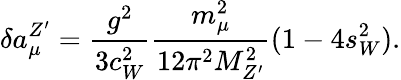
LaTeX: \delta a_{\mu}^{Z^{\prime}}=\frac{g^{2}}{3c_{W}^{2}}\frac{m_{\mu}^{2}}{12\pi^{2}M_{Z^{\prime}}^{2}}(1-4s_{W}^{2}).